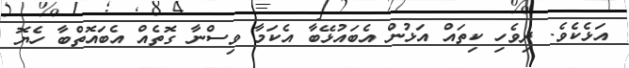
އަޅެކެވެ. ދިވެހި ކިތައް އަޅުން އެބައުޅޭބާ އެކަމާ ވިސްނާ ގޮތެއް އެބައޮތްބާ ހެޔޮ